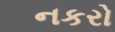
નકરો